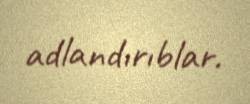
adlandırıblar.